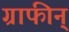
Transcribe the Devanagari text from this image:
ग्राफीन्